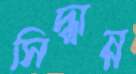
সিদ্ধান্ন